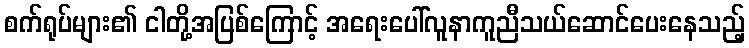
စက်ရုပ်များ၏ ငါတို့အပြစ်ကြောင့် အရေးပေါ်လူနာကူညီသယ်ဆောင်ပေးနေသည့်